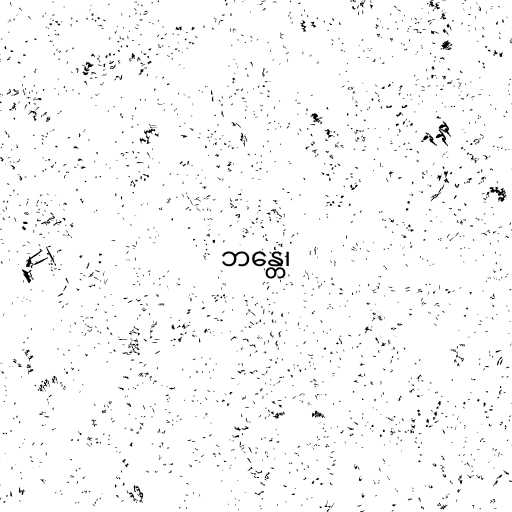
ဘန္တေ၊